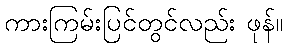
ကားကြမ်းပြင်တွင်လည်း ဖုန်။